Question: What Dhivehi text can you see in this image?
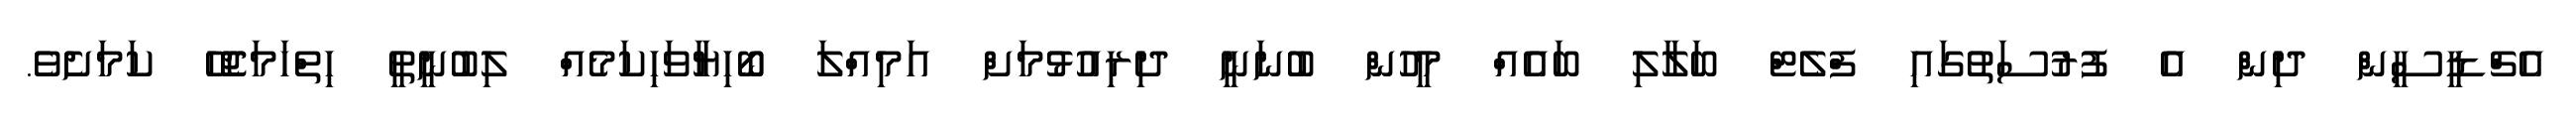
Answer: އެޗްޑީސީން ދިން އެ ފުރުސަތުގައި ފްލެޓް ބަލާލި ބައެއް މީހުން ބުނަނީ ދިރިއުޅުމަށް އަމިއްލަ ބޯހިޔާވަހިކަމެއް ލިބުނީތީ ހިތްހަމަޖެހޭ ކަމަށެވެ.